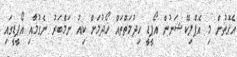
އެގޮތުން މި އެޕްލިކޭޝަނުން އޯޕީޑީ ހިދުމަތްތައް ހޯދުމަށް ކިއު ނަމްބަރު ނެގުމާއި އޯޕީޑީގައި